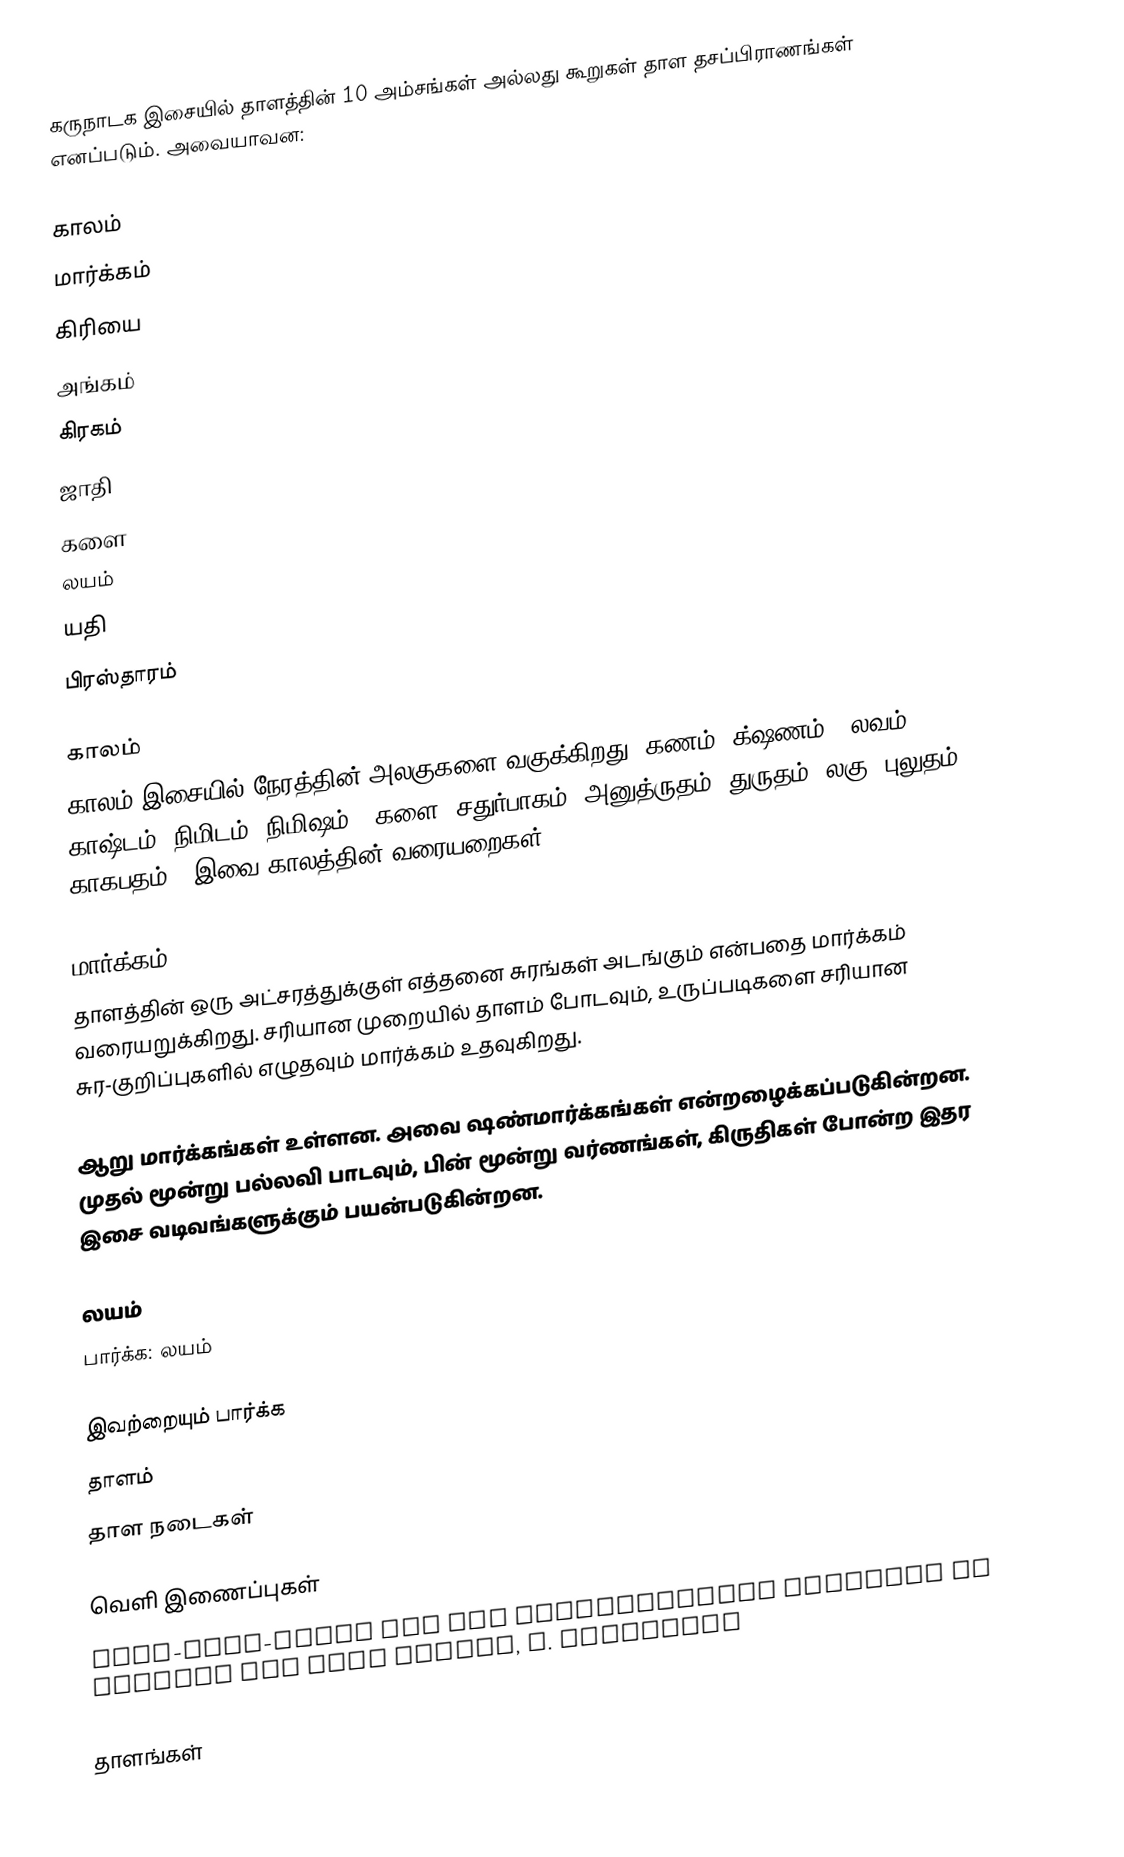
கருநாடக இசையில் தாளத்தின் 10 அம்சங்கள் அல்லது கூறுகள் தாள தசப்பிராணங்கள் எனப்படும். அவையாவன:

 காலம்
 மார்க்கம்
 கிரியை
 அங்கம்
 கிரகம்
 ஜாதி
 களை
 லயம்
 யதி
 பிரஸ்தாரம்

காலம்
காலம் இசையில் நேரத்தின் அலகுகளை வகுக்கிறது. கணம் (க்ஷணம்), லவம், காஷ்டம், நிமிடம் (நிமிஷம்), களை, சதுர்பாகம், அனுத்ருதம், துருதம், லகு, புலுதம், காகபதம் - இவை காலத்தின் வரையறைகள்.

மார்க்கம்
தாளத்தின் ஒரு அட்சரத்துக்குள் எத்தனை சுரங்கள் அடங்கும் என்பதை மார்க்கம் வரையறுக்கிறது. சரியான முறையில் தாளம் போடவும், உருப்படிகளை சரியான சுர-குறிப்புகளில் எழுதவும் மார்க்கம் உதவுகிறது.

ஆறு மார்க்கங்கள் உள்ளன. அவை ஷண்மார்க்கங்கள் என்றழைக்கப்படுகின்றன. முதல் மூன்று பல்லவி பாடவும், பின் மூன்று வர்ணங்கள், கிருதிகள் போன்ற இதர இசை வடிவங்களுக்கும் பயன்படுகின்றன.

லயம்
பார்க்க: லயம்

இவற்றையும் பார்க்க
 தாளம்
 தாள நடைகள்

வெளி இணைப்புகள்
 Tala-Dasa-Prana and the Musicological problems in present day Tala system, N. Ramanthan

தாளங்கள்